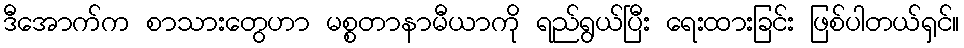
ဒီအောက်က စာသားတွေဟာ မစ္စတာနာမီယာကို ရည်ရွယ်ပြီး ရေးထားခြင်း ဖြစ်ပါတယ်ရှင်။